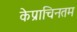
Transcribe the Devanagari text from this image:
केप्राचिनतम